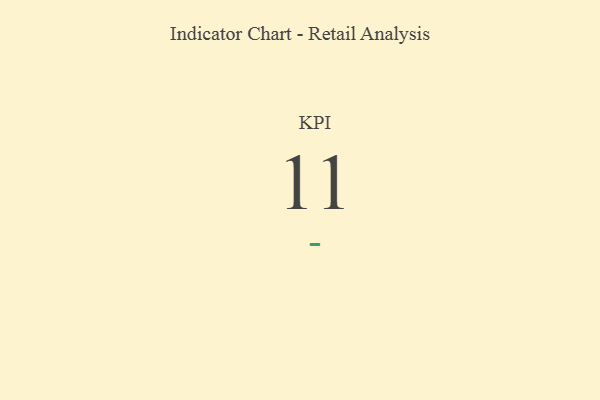
{"axis": {"x": "KPI", "y": "Value"}, "legend": [""], "data": [{"x": "KPI", "y": 11, "type": ""}]}